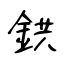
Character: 鉷